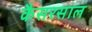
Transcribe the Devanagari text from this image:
कैसरसाल